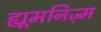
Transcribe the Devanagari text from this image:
ह्यूमनिज़्म